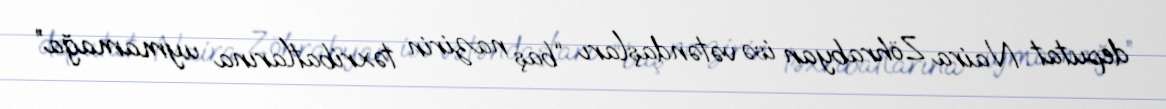
deputat Naira Zöhrabyan isə vətəndaşları “baş nazirin təxribatlarına uymamağa”